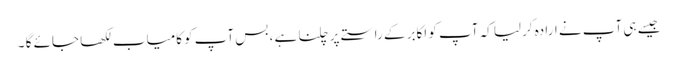
جیسے ہی آپ نے ارادہ کرلیا کہ آپ کو اکابر کے راستے پر چلنا ہے ، بس آپ کوکامیاب لکھا جائے گا ۔